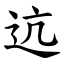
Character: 迒